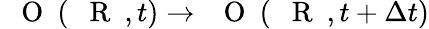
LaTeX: \mathrm{~{~\mathbf~O~}~}(\mathrm{~{~\mathbf~R~}~},t)\to\mathrm{~{~\mathbf~O~}~}(\mathrm{~{~\mathbf~R~}~},t+\Delta t)